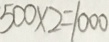
5 0 0 \times 2 = 1 0 0 0